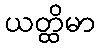
ယတ္ထိမာ